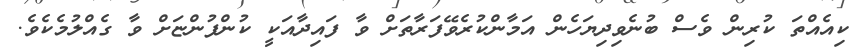
ކިއެއްތަ ކުރިން ވެސް ބުނެވިދިޔަހެން އަމާންކުރެވޭފަރާތަށް ވާ ފައިދާއަކީ ކުންފުންޏަށް ވާ ގެއްލުމެކެވެ.